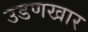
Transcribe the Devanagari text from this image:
उडणखार